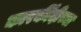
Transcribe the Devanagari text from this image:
कारर्कीदीच्या